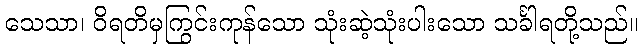
သေသာ၊ ဝိရတိမှကြွင်းကုန်သော သုံးဆဲ့သုံးပါးသော သင်္ခါရတို့သည်။